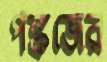
পঙ্কজের